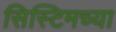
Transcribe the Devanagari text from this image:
सिस्टिमच्या